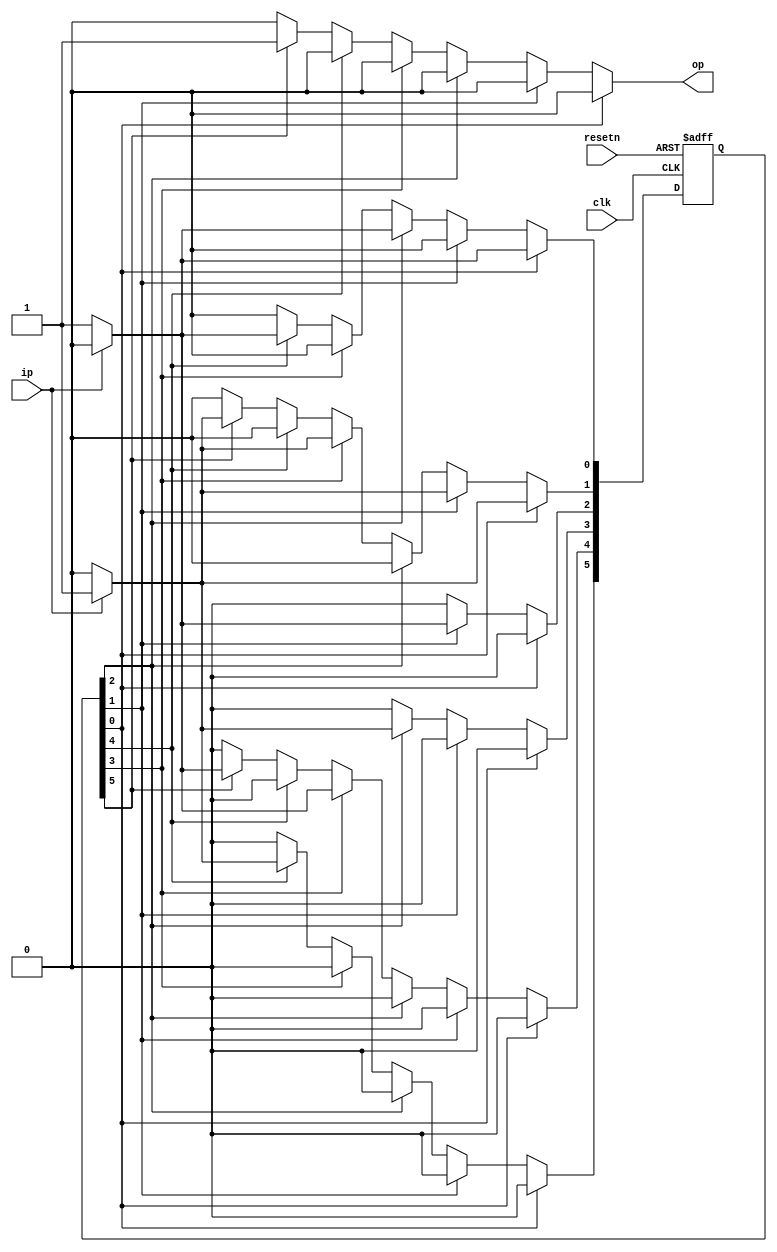
`timescale 1ns / 1ps
//////////////////////////////////////////////////////////////////////////////////
// Company: 
// Engineer: 
// 
// Design Name: 
// Module Name: sequence_detector_moore_onehot
// Project Name: 
// Target Devices: 
// Tool Versions: 
// Description: 
// 
// Dependencies: 
// 
// Revision:
// Revision 0.01 - File Created
// Additional Comments:
// 
//////////////////////////////////////////////////////////////////////////////////
module sequence_detector_moore_onehot (
    input ip,
    input clk,
    input resetn,   // asynchronous reset
    output reg op
);
    // detect sequence 10101 using onehot-encoding
    
    parameter [5:0] IDLE = 0, S0 = 1, S1 = 2, S2 = 3, S3 = 4, S4 = 5;
    
    reg [5:0] state;
    reg [5:0] nextstate; 
    
    always @* begin
        nextstate = 6'b0;
        op = 1'b0;
        case (1'b1)
        state[IDLE]:    if (ip) nextstate[S0]   = 1'b1;
                        else    nextstate[IDLE] = 1'b1;
        state[S0]:      if (ip) nextstate[S0]   = 1'b1;
                        else    nextstate[S1]   = 1'b1;
        state[S1]:      if (ip) nextstate[S2]   = 1'b1;
                        else    nextstate[IDLE] = 1'b1;
        state[S2]:      if (ip) nextstate[S0]   = 1'b1;
                        else    nextstate[S3]   = 1'b1;
        state[S3]:      if (ip) nextstate[S4]   = 1'b1;
                        else    nextstate[IDLE] = 1'b1;
        state[S4]: begin
                        op = 1'b1;    
                        if (ip) nextstate[S0]   = 1'b1;
                        else    nextstate[S3]   = 1'b1;
        end
        endcase
    end
    
    always @ (posedge clk or negedge resetn)
        if (!resetn) begin
            state <= 6'b0;
            state[IDLE] <= 1'b1;
        end
        else state <= nextstate;

endmodule